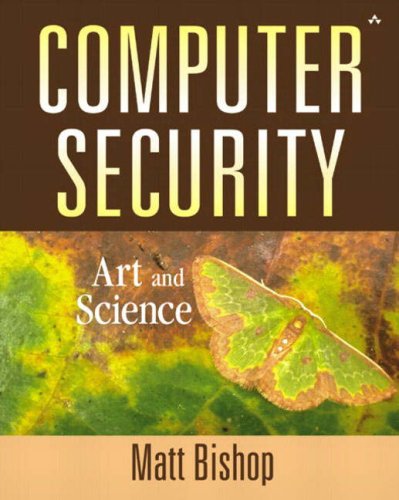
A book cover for Computer Security: Art and Science; Matt Bishop; Computers & Technology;